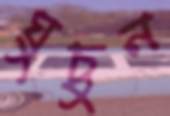
ঘুচুন